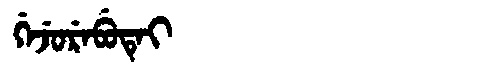
Manchu: ᡤᡝᠵᡠᡵᡝᠪᡠᡨᡝᡳ
Romanization: GEJUREBUTEI